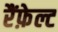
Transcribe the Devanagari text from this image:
रैंफ़ेल्ट